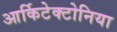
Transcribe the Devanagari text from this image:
आर्किटेक्टोनिया